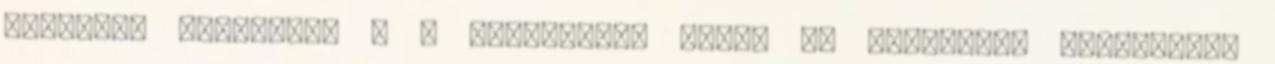
kikötési helyeket; d a közlekedés kezdő és tervezett befejezése